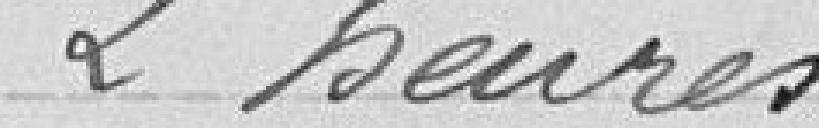
2 heures